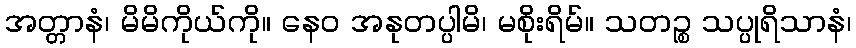
အတ္တာနံ၊ မိမိကိုယ်ကို။ နေဝ အနုတပ္ပါမိ၊ မစိုးရိမ်။ သတဉ္စ သပ္ပုရိသာနံ၊